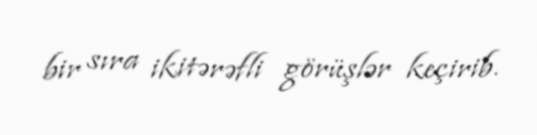
bir sıra ikitərəfli görüşlər keçirib.